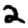
Digit: 2